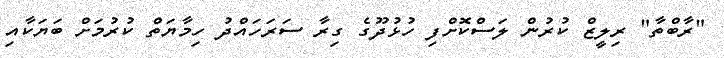
"ރާބްތާ" ރިލީޒް ކުރުން ލަސްކޮށްފި ހުޅުދޫގެ ގިރާ ސަރަހައްދު ހިމާޔަތް ކުރުމަށް ބަޔަކާއި